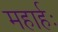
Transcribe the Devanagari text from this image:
महार्हः